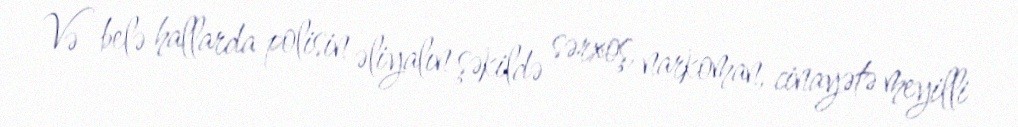
Və belə hallarda polisin əliyalın şəkildə sərxoş, narkoman, cinayətə meyilli